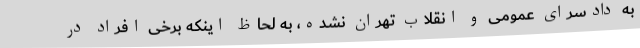
به دادسرای عمومی و انقلاب تهران نشده، به لحاظ اینکه برخی افراد در